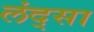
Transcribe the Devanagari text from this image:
लंद्सा